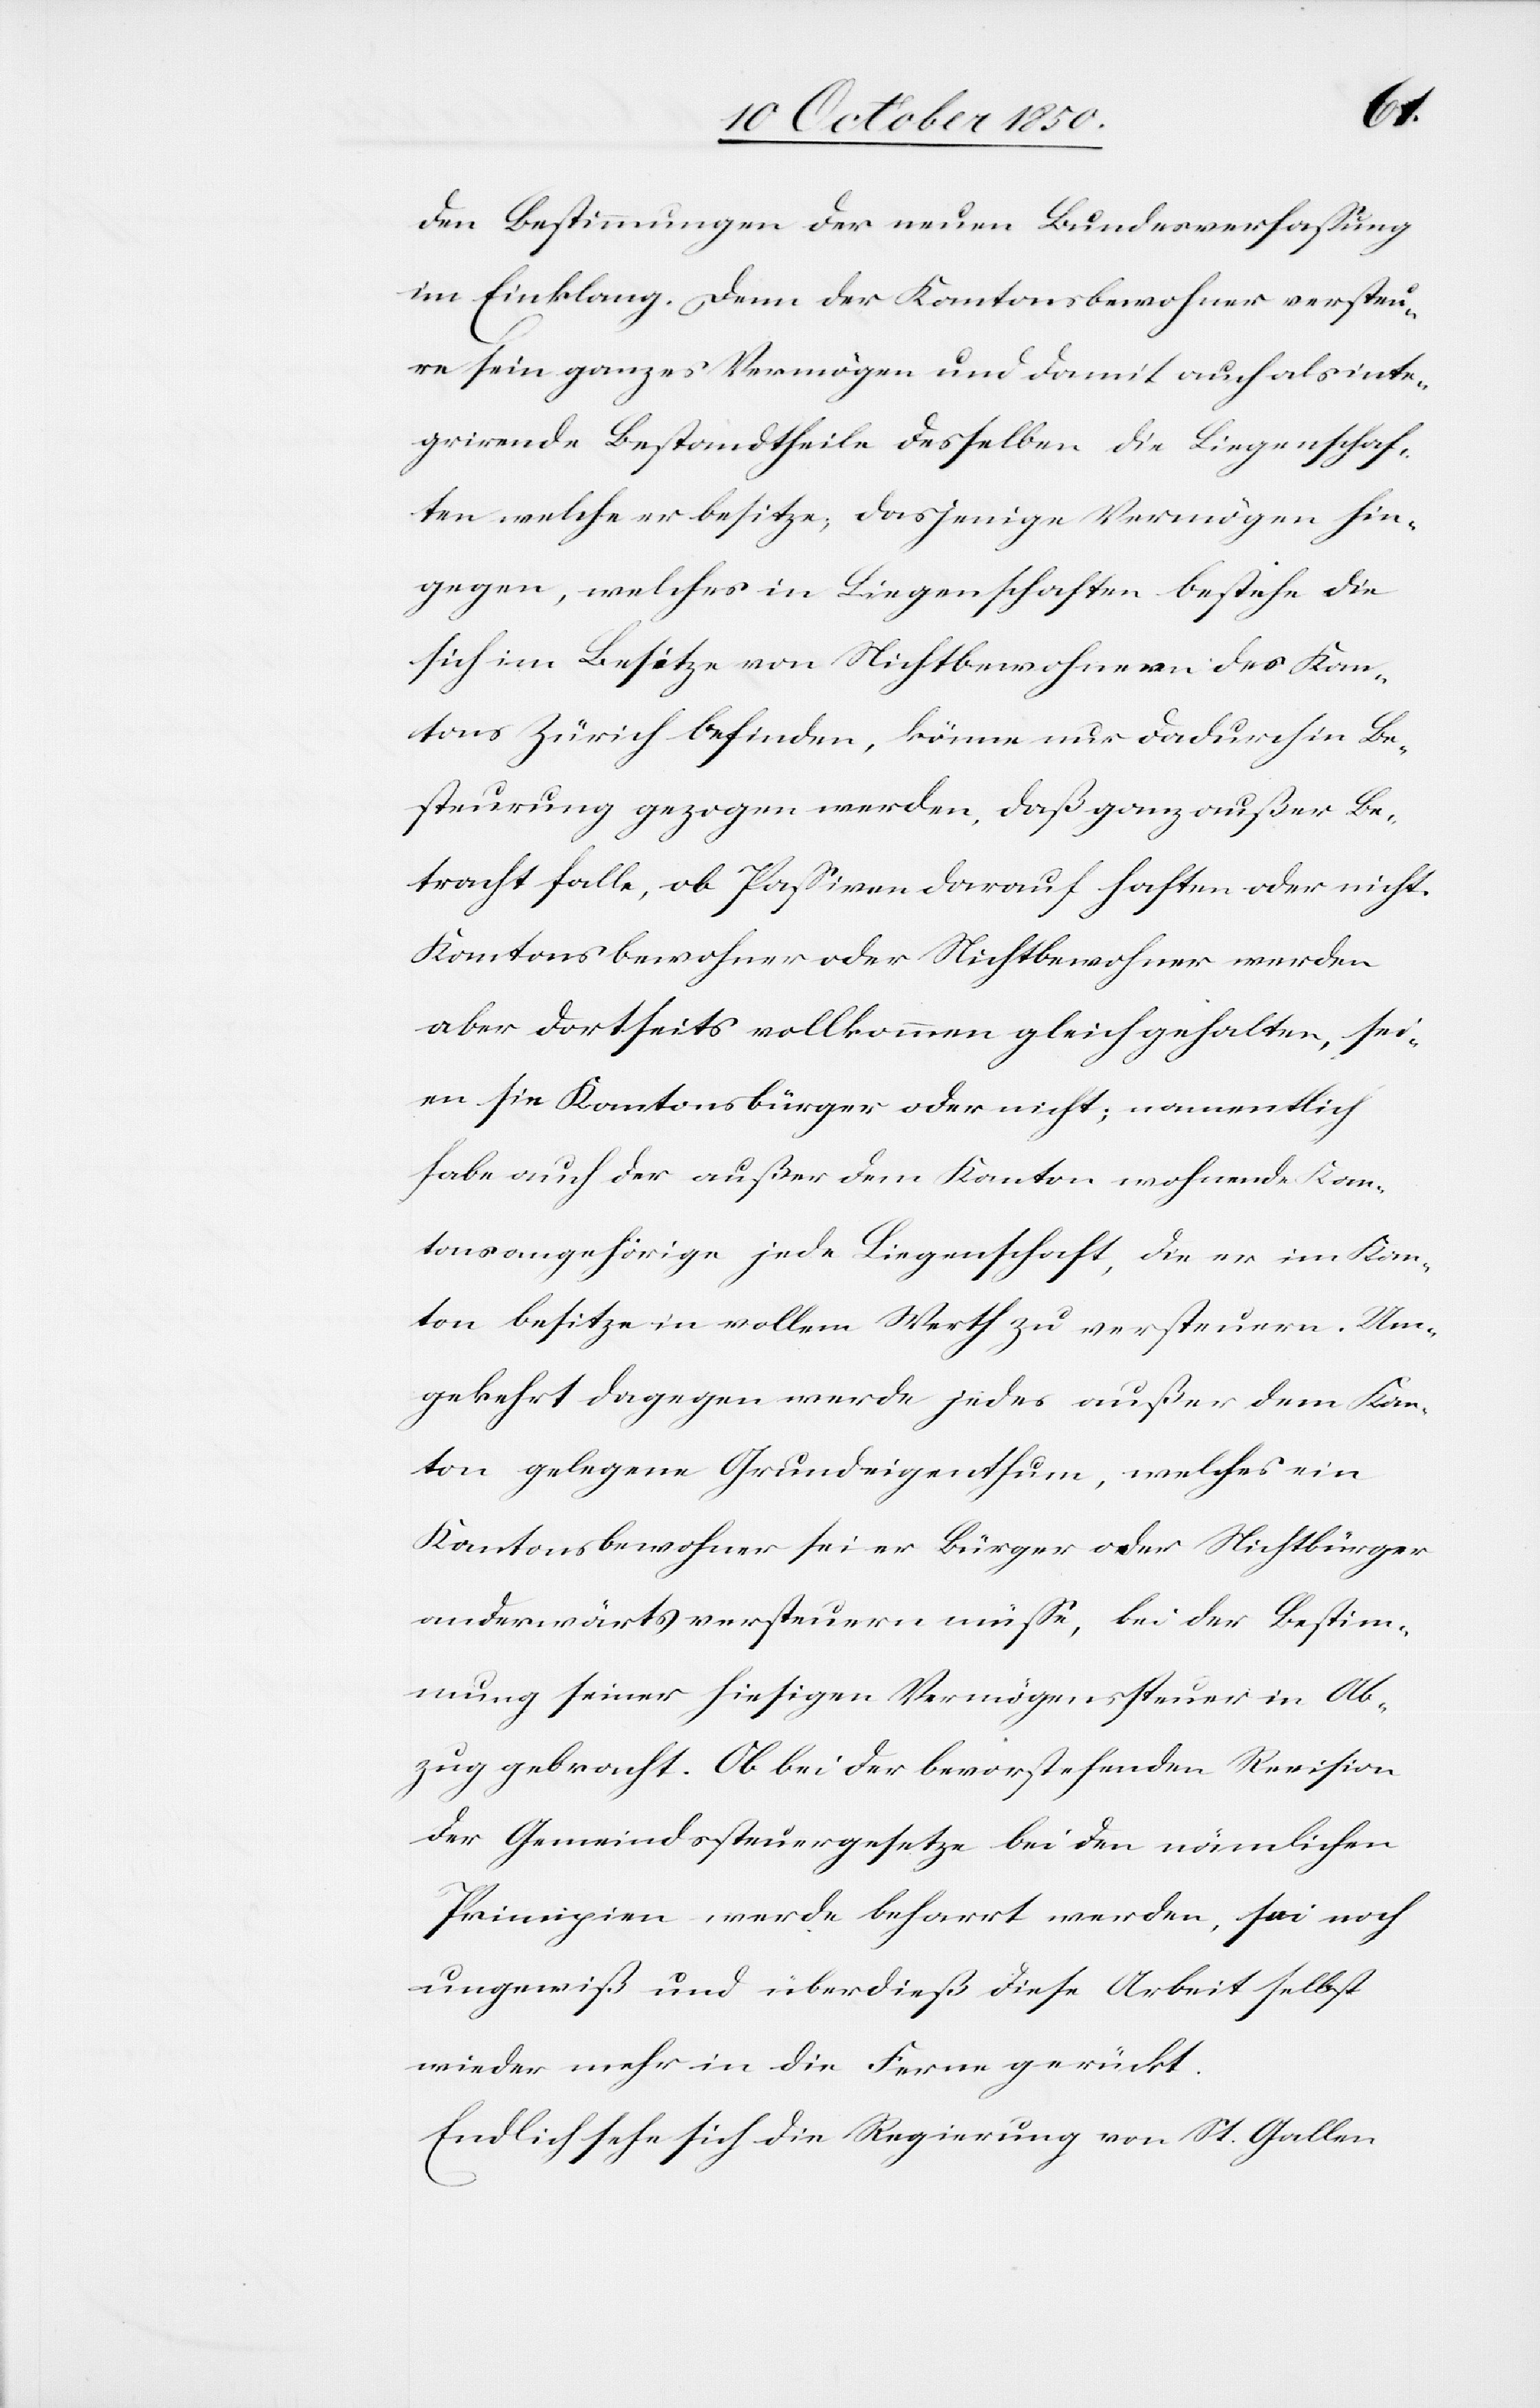
den Bestimmungen der neuen Bundesverfassung
im Einklang. Denn der Kantonsbewohner versteu¬
re sein ganzes Vermögen und damit auch als inte¬
grirende Bestandtheile desselben die Liegenschaf¬
ten welche er besitze, dasjenige Vermögen hin¬
gegen, welches in Liegenschaften bestehe die
sich im Besitze von Nichtbewohnern des Kan¬
tons Zürich befinden, könne nur dadurch in Be¬
steurung gezogen werden, daß ganz außer Be¬
tracht falle, ob Passiven darauf haften oder nicht.
Kantonsbewohner oder Nichtbewohner werden
aber dortseits vollkommen gleichgehalten, sei¬
en sie Kantonsbürger oder nicht; namentlich
habe auch der außer dem Kanton wohnende Kan¬
tonsangehörige jede Liegenschaft, die er im Kan¬
ton besitze in vollem Werth zu versteuern. Um¬
gekehrt dagegen werde jedes außer dem Kan¬
ton gelegene Grundeigenthum, welches ein
Kantonsbewohner sei er Bürger oder Nichtbürger
anderwärts versteuern müsse, bei der Bestim¬
mung seiner hiesigen Vermögenssteuer in Ab¬
zug gebracht. Ob bei der bevorstehenden Revision
der Gemeindssteuergesetze bei den nämlichen
Principien werde beharrt werden, sei noch
ungewiß und überdieß diese Arbeit selbst
wieder mehr in die Ferne gerückt.
Endlich sehe sich die Regierung von St. Gallen